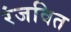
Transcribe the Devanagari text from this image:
रंजवित